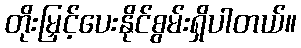
တိုးမြှင့်ပေးနိုင်စွမ်းရှိပါတယ်။